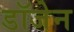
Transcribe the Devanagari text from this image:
डॉजेन